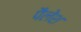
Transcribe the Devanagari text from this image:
पैलेश